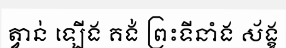
ត្វាន់ ឡើង គង់ ព្រះទីនាំង ស័ង្ខ